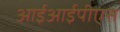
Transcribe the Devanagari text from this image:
आईआईपीएस